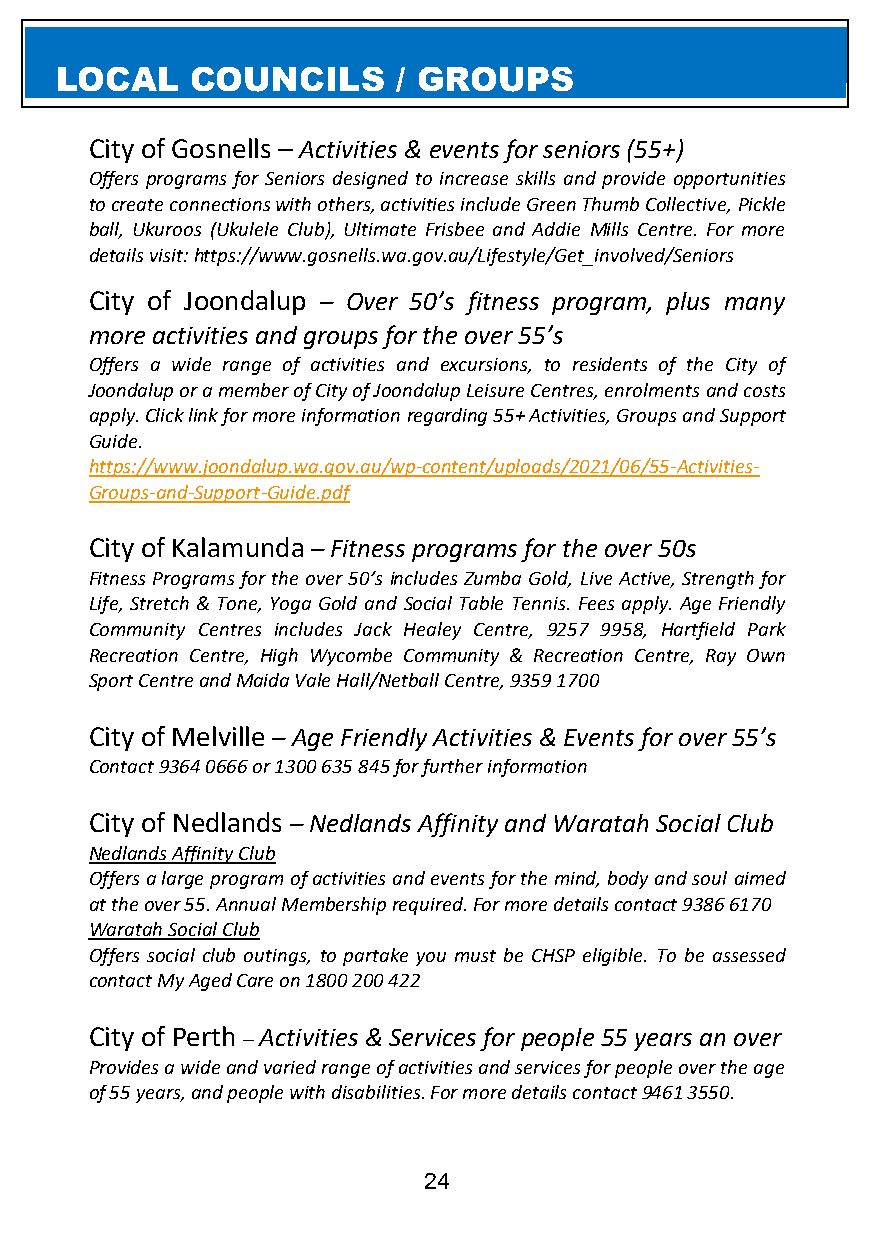
LOCAL    COUNCILS     / GROUPS
 City of Gosnells – Activities & events for seniors (55+)
 Offers programs for Seniors designed to increase skills and provide opportunities
 to create connections with others, activities include Green Thumb Collective, Pickle
 ball, Ukuroos (Ukulele Club), Ultimate Frisbee and Addie Mills Centre. For more
 details visit: https://www.gosnells.wa.gov.au/Lifestyle/Get_involved/Seniors
 City of Joondalup – Over 50’s fitness program, plus many
 more activities and groups for the over 55’s
 Offers a wide range of activities and excursions, to residents of the City of
 Joondalup or a member of City of Joondalup Leisure Centres, enrolments and costs
 apply. Click link for more information regarding 55+ Activities, Groups and Support
 Guide.
 https://www.joondalup.wa.gov.au/wp-content/uploads/2021/06/55-Activities-
 Groups-and-Support-Guide.pdf
 City of Kalamunda – Fitness programs for the over 50s
 Fitness Programs for the over 50’s includes Zumba Gold, Live Active, Strength for
 Life, Stretch & Tone, Yoga Gold and Social Table Tennis. Fees apply. Age Friendly
 Community Centres includes Jack Healey Centre, 9257 9958, Hartfield Park
 Recreation Centre, High Wycombe Community & Recreation Centre, Ray Own
 Sport Centre and Maida Vale Hall/Netball Centre, 9359 1700
 City of Melville – Age Friendly Activities & Events for over 55’s
 Contact 9364 0666 or 1300 635 845 for further information
 City of Nedlands – Nedlands Affinity and Waratah Social Club
 Nedlands Affinity Club
 Offers a large program of activities and events for the mind, body and soul aimed
 at the over 55. Annual Membership required. For more details contact 9386 6170
 Waratah Social Club
 Offers social club outings, to partake you must be CHSP eligible. To be assessed
 contact My Aged Care on 1800 200 422
 City of Perth – Activities & Services for people 55 years an over
 Provides a wide and varied range of activities and services for people over the age
 of 55 years, and people with disabilities. For more details contact 9461 3550.
 24